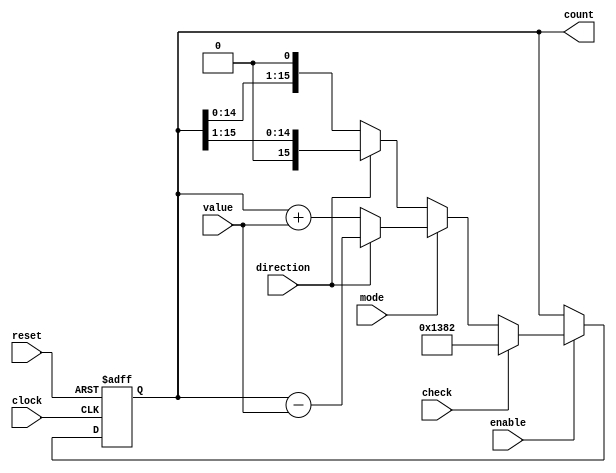
////////////////////////////////////////////////////////////////////////////////////////////////////////////////////////
// Version:     1
// Description: A 16-bit synchronous FSM Project 3B. Has counter mode, shift 
//					 register mode, reset, and can display last 4 digits of PID.
////////////////////////////////////////////////////////////////////////////////////////////////////////////////////////

//     fsm16bit(CLOCK_50, KEY[1], enable, SW[6], SW[5],     SW[4], SW[3:0], hexDigits);
module fsm16bit(clock,     reset, enable, check,  mode, direction,   value, count);
	input         clock, reset;
	input         enable, check, mode, direction;
	input   [3:0] value;
	output [15:0] count;
	reg    [15:0] counter_state;

	
	always @(posedge clock or negedge reset) begin

		if(reset == 1'b0)
			counter_state <= 16'b0;

		else if(enable) begin
		   
			if (check)
				counter_state <= 16'h1382; // Last 4-digits of PID
			
			else begin
				if (mode) // counter mode
					counter_state <= (direction) ? counter_state - {12'h000, value} :
															 counter_state + {12'h000, value} ;
				
				else // shift register mode
					counter_state <= (direction) ? counter_state >> 1 :
															 counter_state << 1 ;
			end
		end
		
	end
	
	assign count = counter_state; 

endmodule